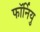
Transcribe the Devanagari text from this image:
फॉर्नियु